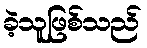
ခဲ့သူဖြစ်သည်